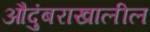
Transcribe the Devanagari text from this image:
औदुंबराखालील